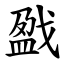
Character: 戤